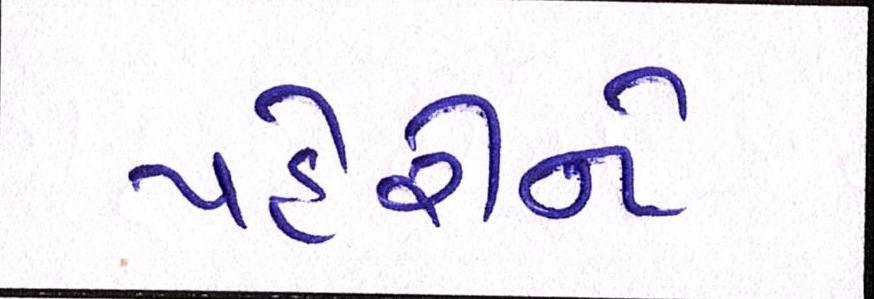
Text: પહેરીને